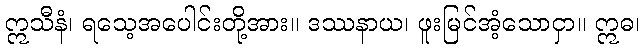
ဣသီနံ၊ ရသေ့အပေါင်းတို့အား။ ဒဿနာယ၊ ဖူးမြင်အံ့သောငှာ။ ဣဓ၊